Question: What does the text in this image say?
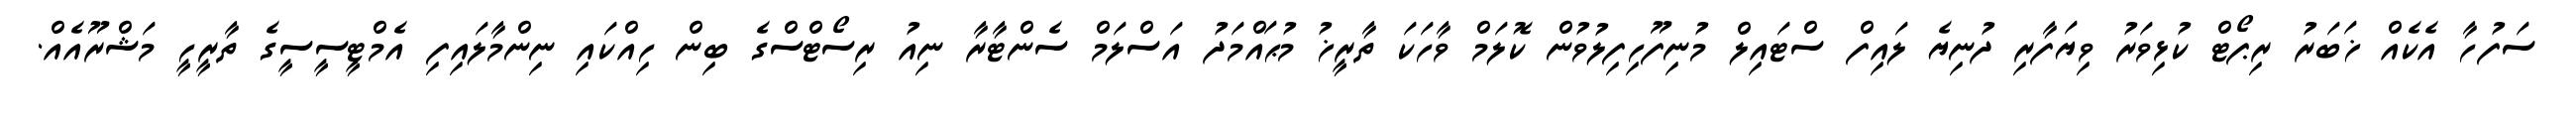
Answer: ސަފުހާ އެކެއް ޚަބަރު ރިޕޯޓް ކުޅިވަރު ވިޔަފާރި ދުނިޔެ ލައިފް ސްޓައިލް މުނިފޫހިފިލުވުން ކޮލަމް ވާހަކަ ތާރީޚު މުޙައްމަދު އަސްލަމް ސެންޓާރާ ނިއު ރިސޯޓްސްގެ ބިން ހިއްކައި ނިންމާލައިފި އެމްޓީސީސީގެ ތާރީހީ މަޝްރޫއެއް.